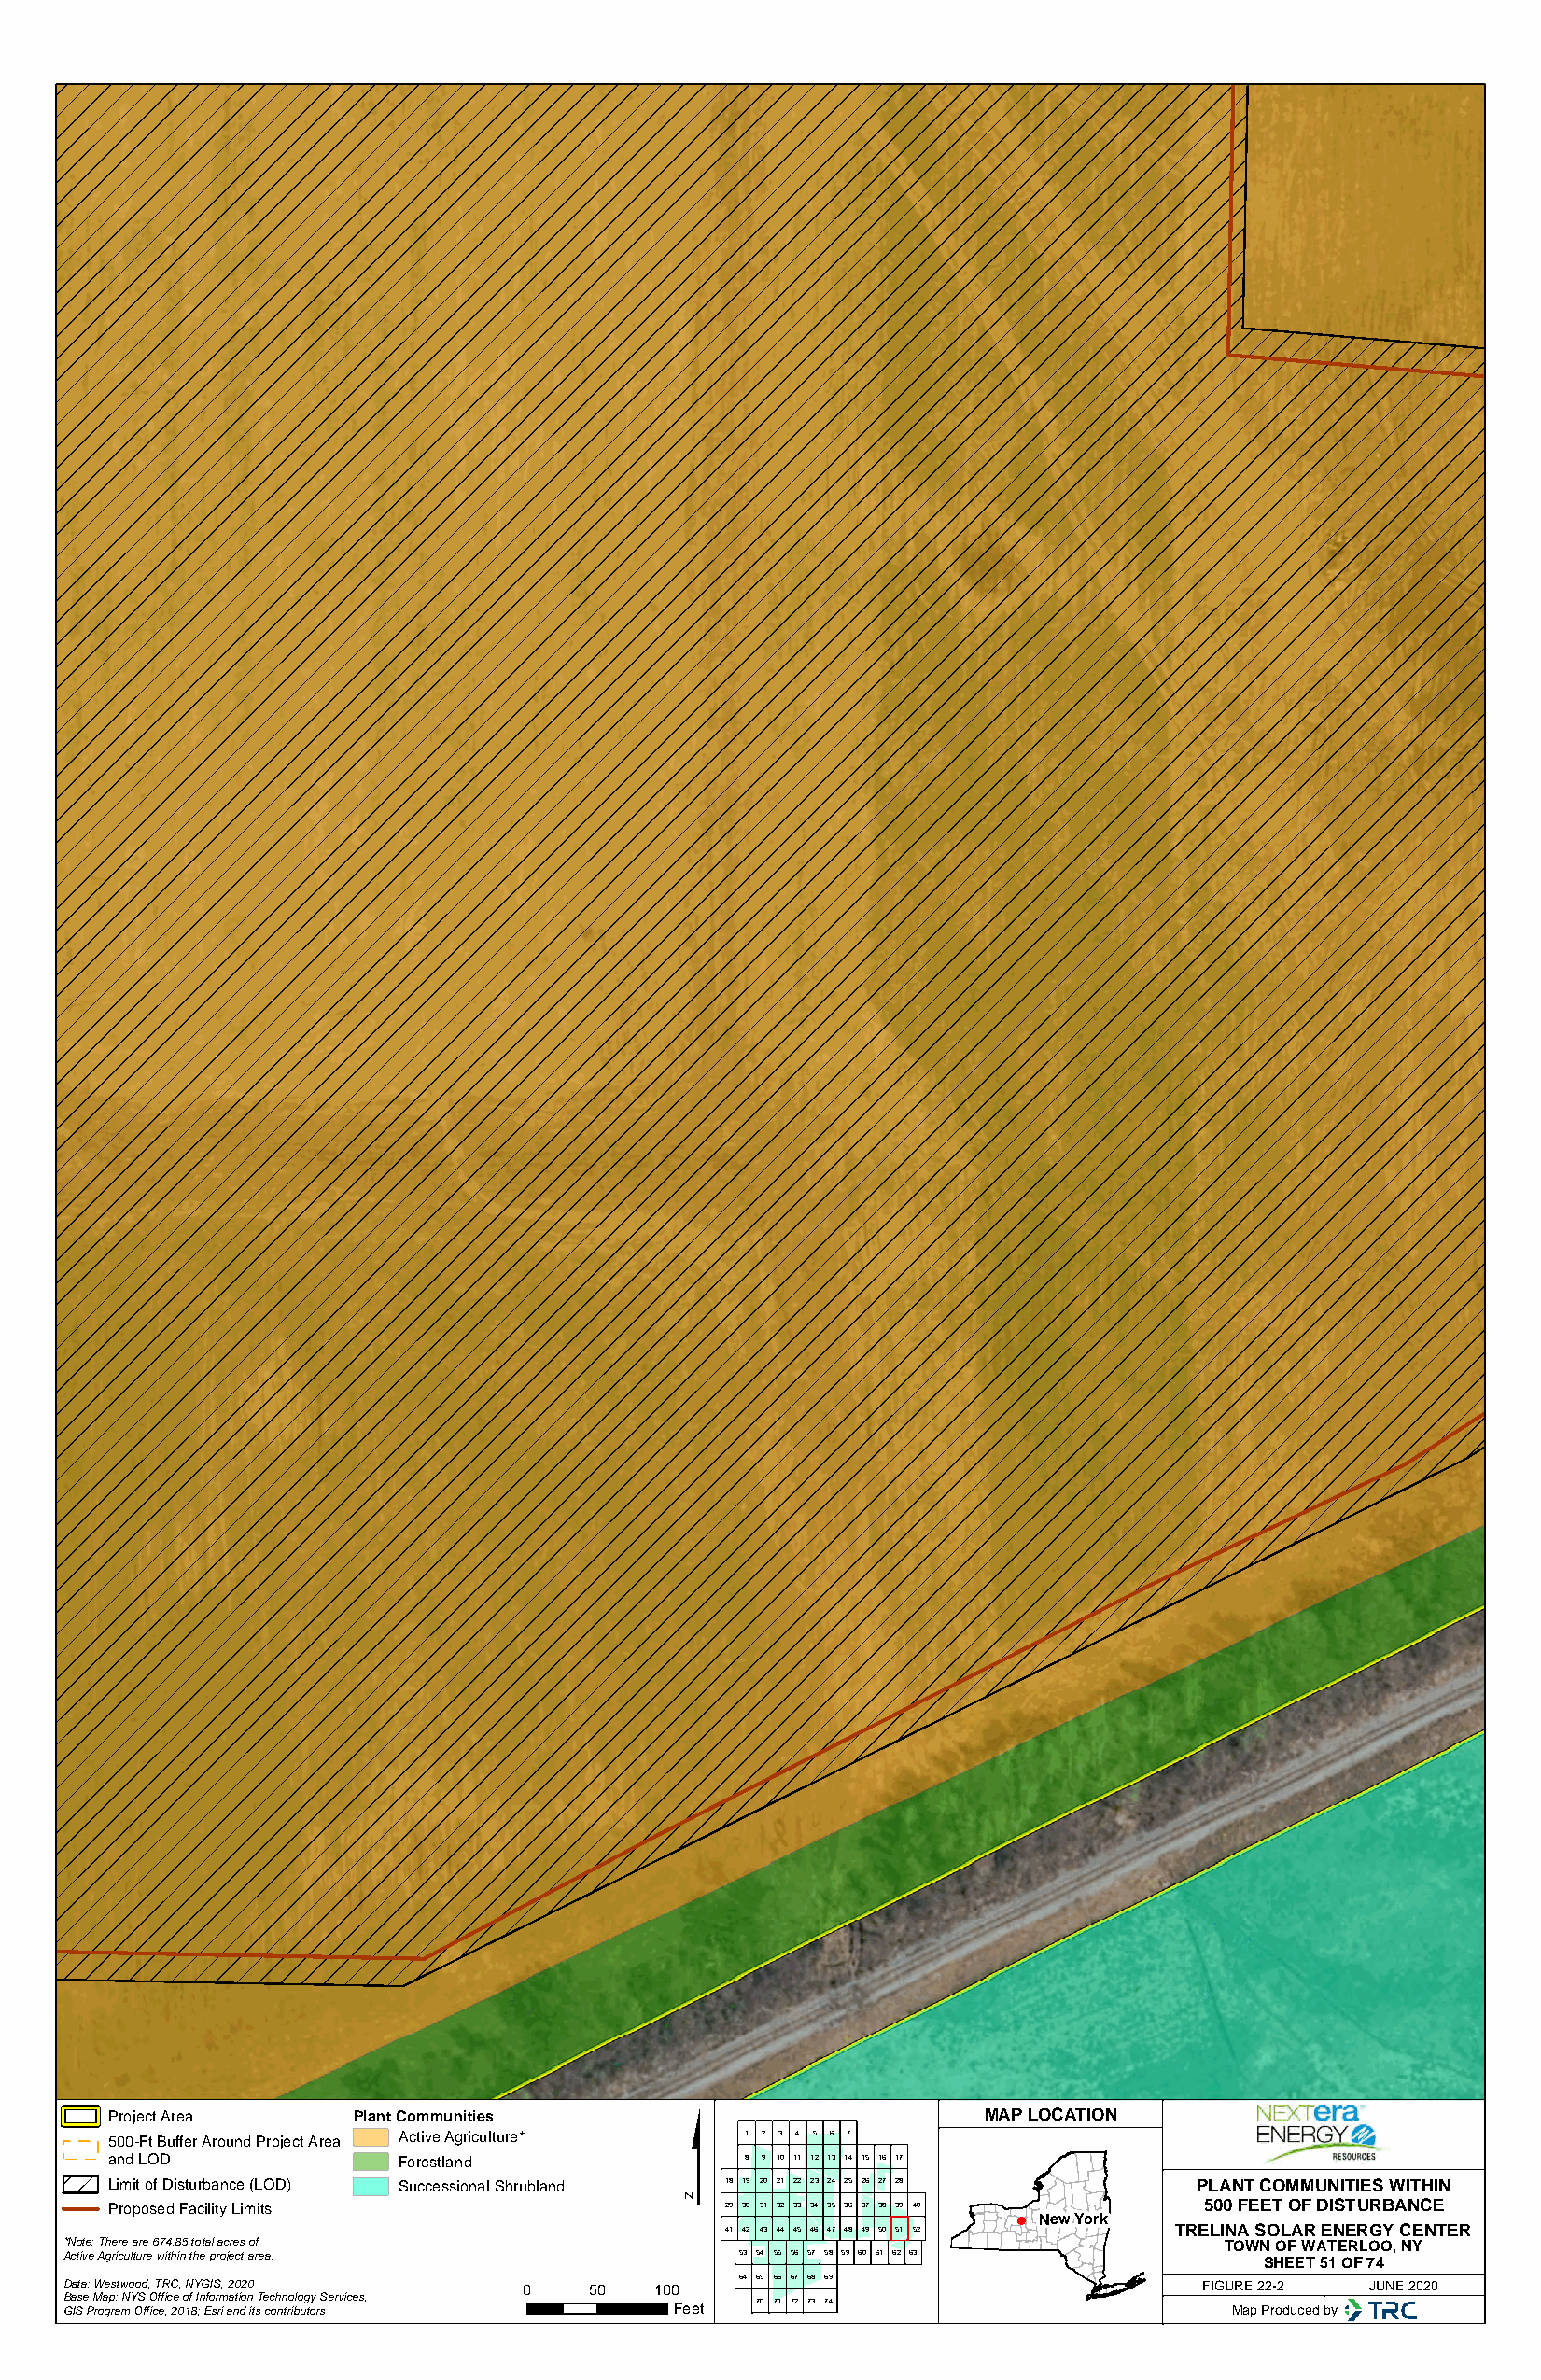
$
 Project Area     Plant Communities                            MAP LOCATION
 500-Ft Buffer Around Project Area Active Agriculture* 1 2 3 4 5 6 7
 and LOD             Forestland               8 9 10 11 12 13 14 15 16 17
 Limit of Disturbance (LOD) Successional Shrubland 18 19 20 21 22 23 24 25 26 27 28 PLANT COMMUNITIES WITHIN
 Proposed Facility Limits                   29 30 31 32 33 34 35 36 37 38 39 40 500 FEET OF DISTURBANCE
 New York
 41 42 43 44 45 46 47 48 49 50 51 52 TRELINA SOLAR ENERGY CENTER
 *Note: There are 674.85 total acres of                                             TOWN OF WATERLOO, NY
 Active Agriculture within the project area.     53 54 55 56 57 58 59 60 61 62 63
 SHEET 51 OF 74
 64 65 66 67 68 69
 Data: Westwood, TRC, NYGIS, 2020 0    50  100                                    FIGURE 22-2 JUNE 2020
 Base Map: NYS Office of Information Technology Services, 70 71 72 73 74
 GIS Program Office, 2018; Esri and its contributors Feet                           Map Produced by